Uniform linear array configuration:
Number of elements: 32
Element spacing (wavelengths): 0.75
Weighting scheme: kaiser
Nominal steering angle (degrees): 15
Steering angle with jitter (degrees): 16.289
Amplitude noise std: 0.05
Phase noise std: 0.05

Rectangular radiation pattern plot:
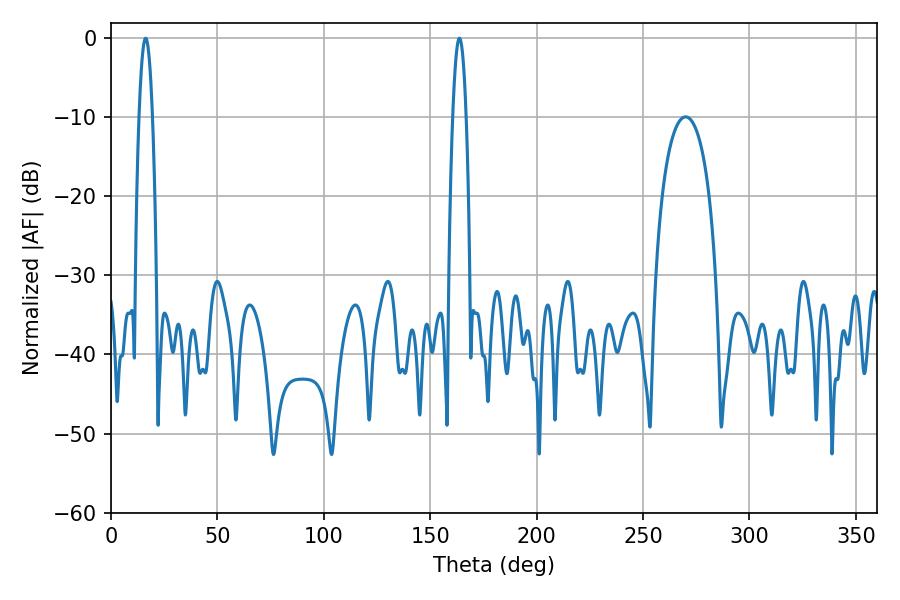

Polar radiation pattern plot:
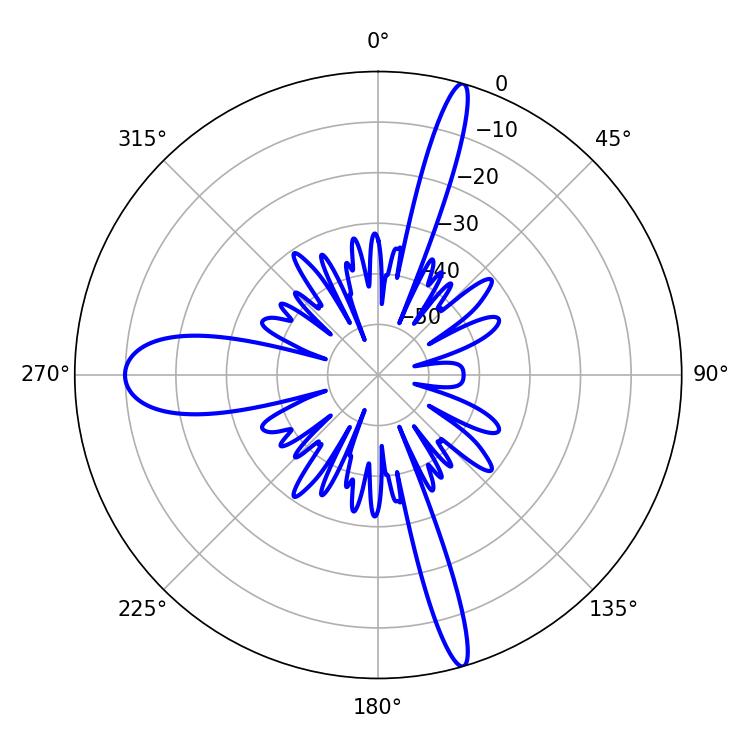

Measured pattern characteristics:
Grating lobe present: TRUE
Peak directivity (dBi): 21.778
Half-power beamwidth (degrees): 3.42
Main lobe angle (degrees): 16.2